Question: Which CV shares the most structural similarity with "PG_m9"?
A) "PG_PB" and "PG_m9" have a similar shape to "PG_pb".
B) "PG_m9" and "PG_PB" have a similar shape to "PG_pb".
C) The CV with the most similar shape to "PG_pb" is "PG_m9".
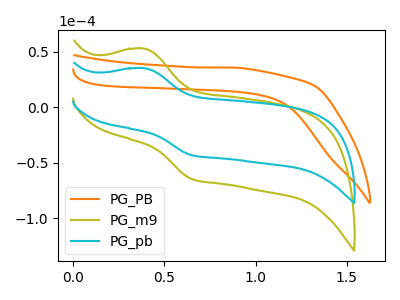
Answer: <think>The orange curve "PG_PB" has no peaks. The olive curve "PG_m9" has an anodic peak at (0.40V, 52.95uA) and a cathodic peak at (0.65V, -64.40uA). The cyan curve "PG_pb" has an anodic peak at (0.40V, 35.30uA) and a cathodic peak at (0.65V, -42.95uA).
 "PG_PB" and "PG_m9" have a different number of peaks. "PG_PB" and "PG_pb" have a different number of peaks. All the peaks in "PG_m9" have a peak in "PG_pb" at the same potential. Every peak in "PG_m9" is higher than every peak in "PG_pb".</think>
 <answer>C) The CV with the most similar shape to "PG_pb" is "PG_m9".</answer>
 <eval>C</eval>